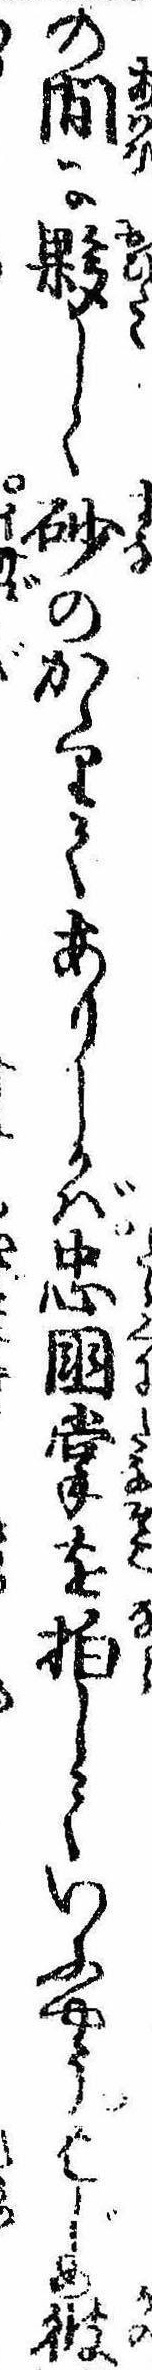
の間に夥しく砂のかゝりてありしかば忠国掌を拍していふやうはじめ彼